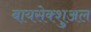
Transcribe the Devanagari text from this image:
बायसेक्शुअल